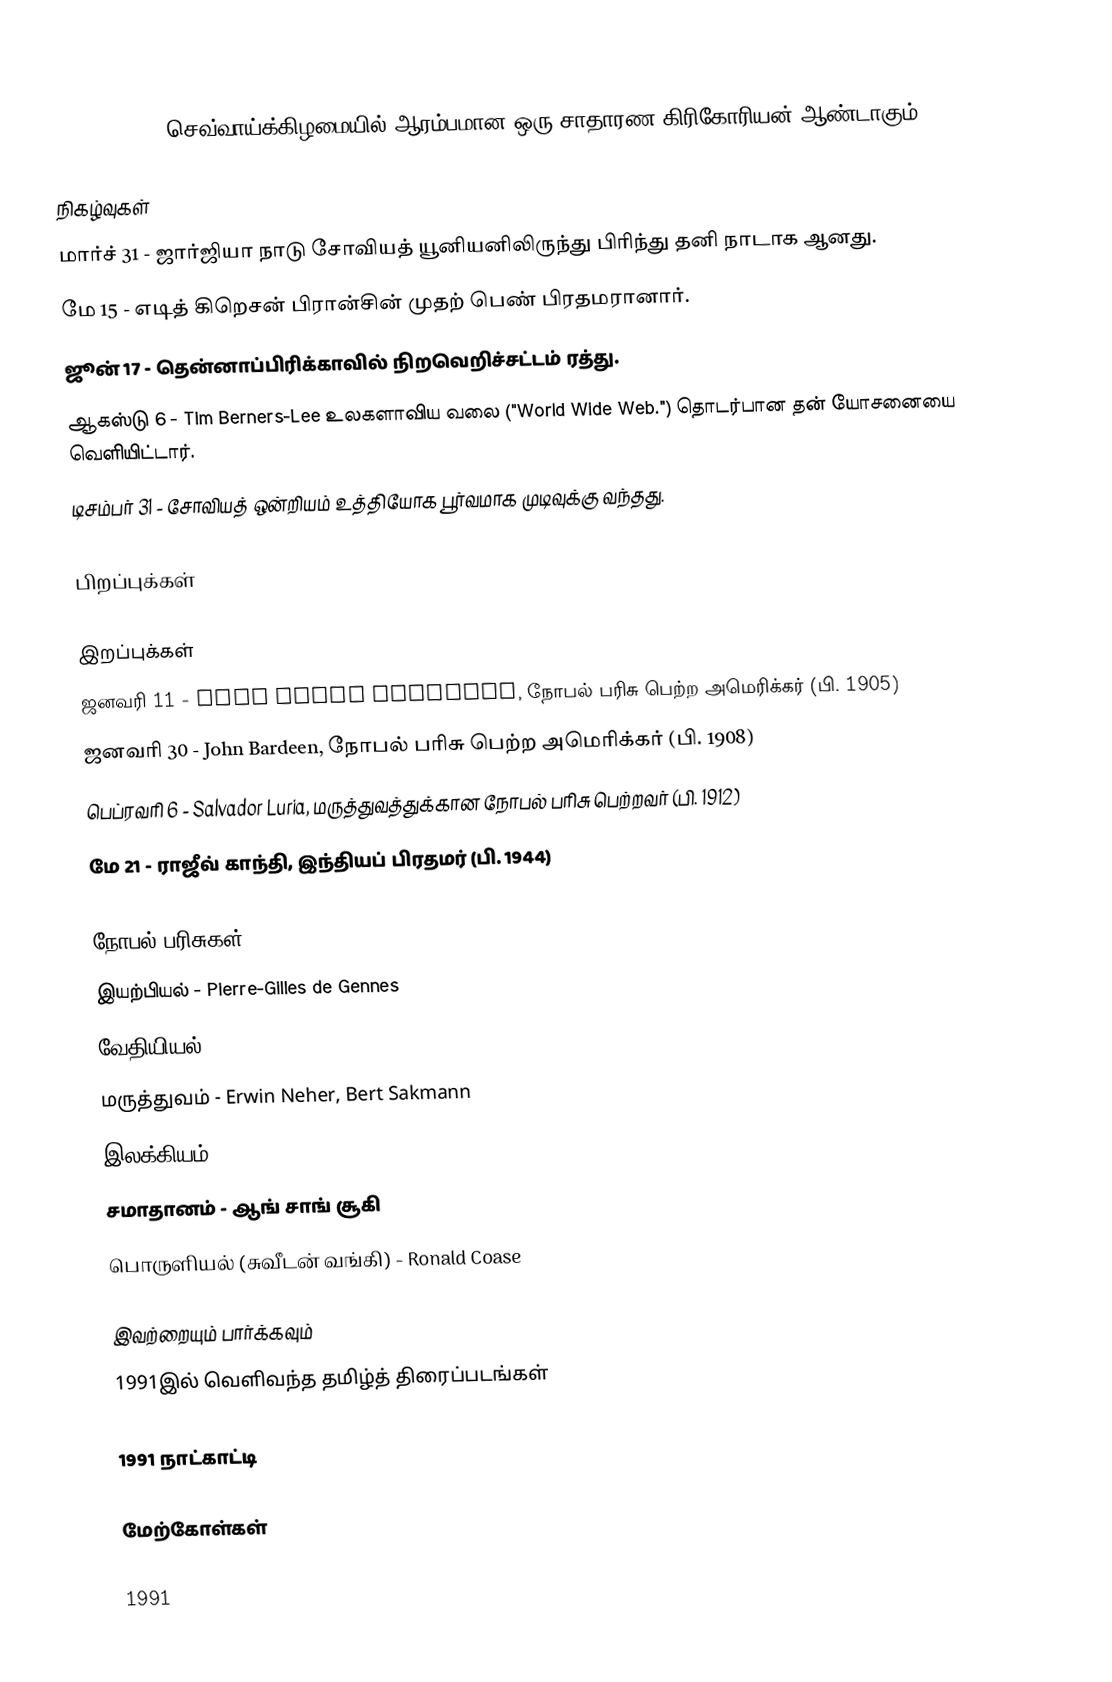
1991 (MCMXCI) செவ்வாய்க்கிழமையில் ஆரம்பமான ஒரு சாதாரண கிரிகோரியன் ஆண்டாகும்.

நிகழ்வுகள்
 மார்ச் 31 - ஜார்ஜியா நாடு சோவியத் யூனியனிலிருந்து பிரிந்து தனி நாடாக ஆனது.
 மே 15 - எடித் கிறெசன் பிரான்சின் முதற் பெண் பிரதமரானார்.
 ஜூன் 17 - தென்னாப்பிரிக்காவில் நிறவெறிச்சட்டம் ரத்து.
 ஆகஸ்டு 6 - Tim Berners-Lee உலகளாவிய வலை ("World Wide Web.") தொடர்பான தன் யோசனையை வெளியிட்டார்.
 டிசம்பர் 31 - சோவியத் ஒன்றியம் உத்தியோக பூர்வமாக முடிவுக்கு வந்தது.

பிறப்புக்கள்

இறப்புக்கள்
 ஜனவரி 11 - Carl David Anderson, நோபல் பரிசு பெற்ற அமெரிக்கர் (பி. 1905)
 ஜனவரி 30 - John Bardeen, நோபல் பரிசு பெற்ற அமெரிக்கர் (பி. 1908)
 பெப்ரவரி 6 - Salvador Luria, மருத்துவத்துக்கான நோபல் பரிசு பெற்றவர் (பி. 1912)
 மே 21 - ராஜீவ் காந்தி, இந்தியப் பிரதமர் (பி. 1944)

நோபல் பரிசுகள்
 இயற்பியல் - Pierre-Gilles de Gennes
 வேதியியல் - Richard R. Ernst
 மருத்துவம் - Erwin Neher, Bert Sakmann
 இலக்கியம் - Nadine Gordimer
 சமாதானம் - ஆங் சாங் சூகி
 பொருளியல் (சுவீடன் வங்கி) - Ronald Coase

இவற்றையும் பார்க்கவும்
 1991இல் வெளிவந்த தமிழ்த் திரைப்படங்கள்

1991 நாட்காட்டி

மேற்கோள்கள்

1991